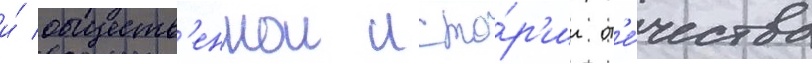
и́ обществ'еннои исто́р'ии от'е́чества